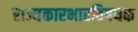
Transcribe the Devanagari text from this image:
राज्यकारभारविषयक